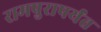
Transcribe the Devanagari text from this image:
रामपुरापर्यंत